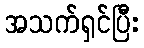
အသက်ရှင်ပြီး